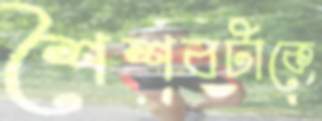
শৈশবটাকে